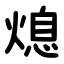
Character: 熄